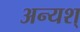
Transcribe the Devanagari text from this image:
अन्यश्